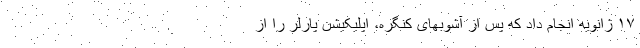
۱۷ ژانویه انجام داد که پس از آشوبهای کنگره، اپلیکیشن پارلر را از